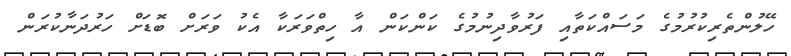
ހޭލުންތެރިކުރުމުގެ މަސައްކަތާއި ފަރުވާދިނުމުގެ ކަންކަން އާ ހިތްވަރަކާ އެކު ވަރަށް ބޮޑަށް ހަރުދަނާކުރަން